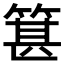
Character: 𥯓